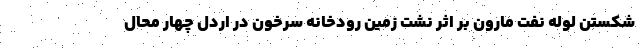
شکستن لوله نفت مارون بر اثر نشت زمین رودخانه سرخون در اردل چهار محال